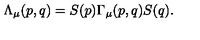
\Lambda _ { \mu } ( p , q ) = S ( p ) \Gamma _ { \mu } ( p , q ) S ( q ) .